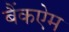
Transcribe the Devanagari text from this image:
बैंकऐम